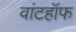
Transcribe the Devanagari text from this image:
वांटहॉफ